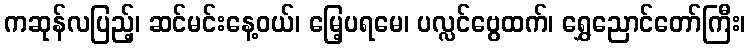
ကဆုန်လပြည့်၊ ဆင်မင်းနေ့ဝယ်၊ မြေ့ပရမေ၊ ပလ္လင်ဗွေထက်၊ ရွှေညောင်တော်ကြီး၊